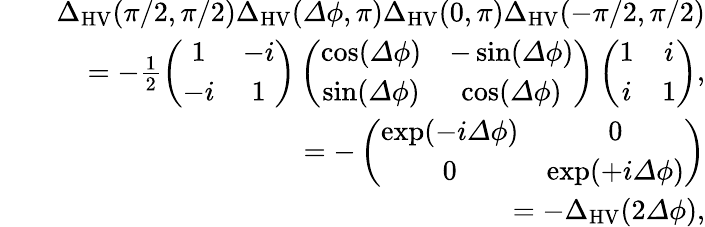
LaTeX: \begin{array}{rlr}&{}&{{\Delta}_{\mathrm{HV}}(\pi/2,\pi/2){\Delta}_{\mathrm{HV}}({\mathit\Delta\phi},\pi){\Delta}_{\mathrm{HV}}(0,\pi){\Delta}_{\mathrm{HV}}(-\pi/2,\pi/2)}\\ &{}&{=-\frac{1}{2}\left(\begin{array}{cc}{1}&{-i}\\ {-i}&{1}\end{array}\right)\left(\begin{array}{cc}{\cos({\mathit\Delta\phi})}&{-\sin({\mathit\Delta\phi})}\\ {\sin({\mathit\Delta\phi})}&{\cos({\mathit\Delta\phi})}\end{array}\right)\left(\begin{array}{cc}{1}&{i}\\ {i}&{1}\end{array}\right),}\\ &{}&{=-\left(\begin{array}{cc}{\exp(-i{\mathit\Delta\phi})}&{0}\\ {0}&{\exp(+i{\mathit\Delta\phi})}\end{array}\right)}\\ &{}&{=-{\Delta}_{\mathrm{HV}}(2{\mathit\Delta\phi}),}\end{array}